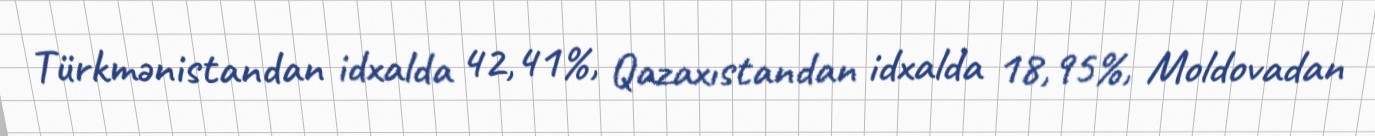
Türkmənistandan idxalda 42,41%, Qazaxıstandan idxalda 18,95%, Moldovadan